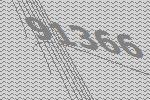
91366